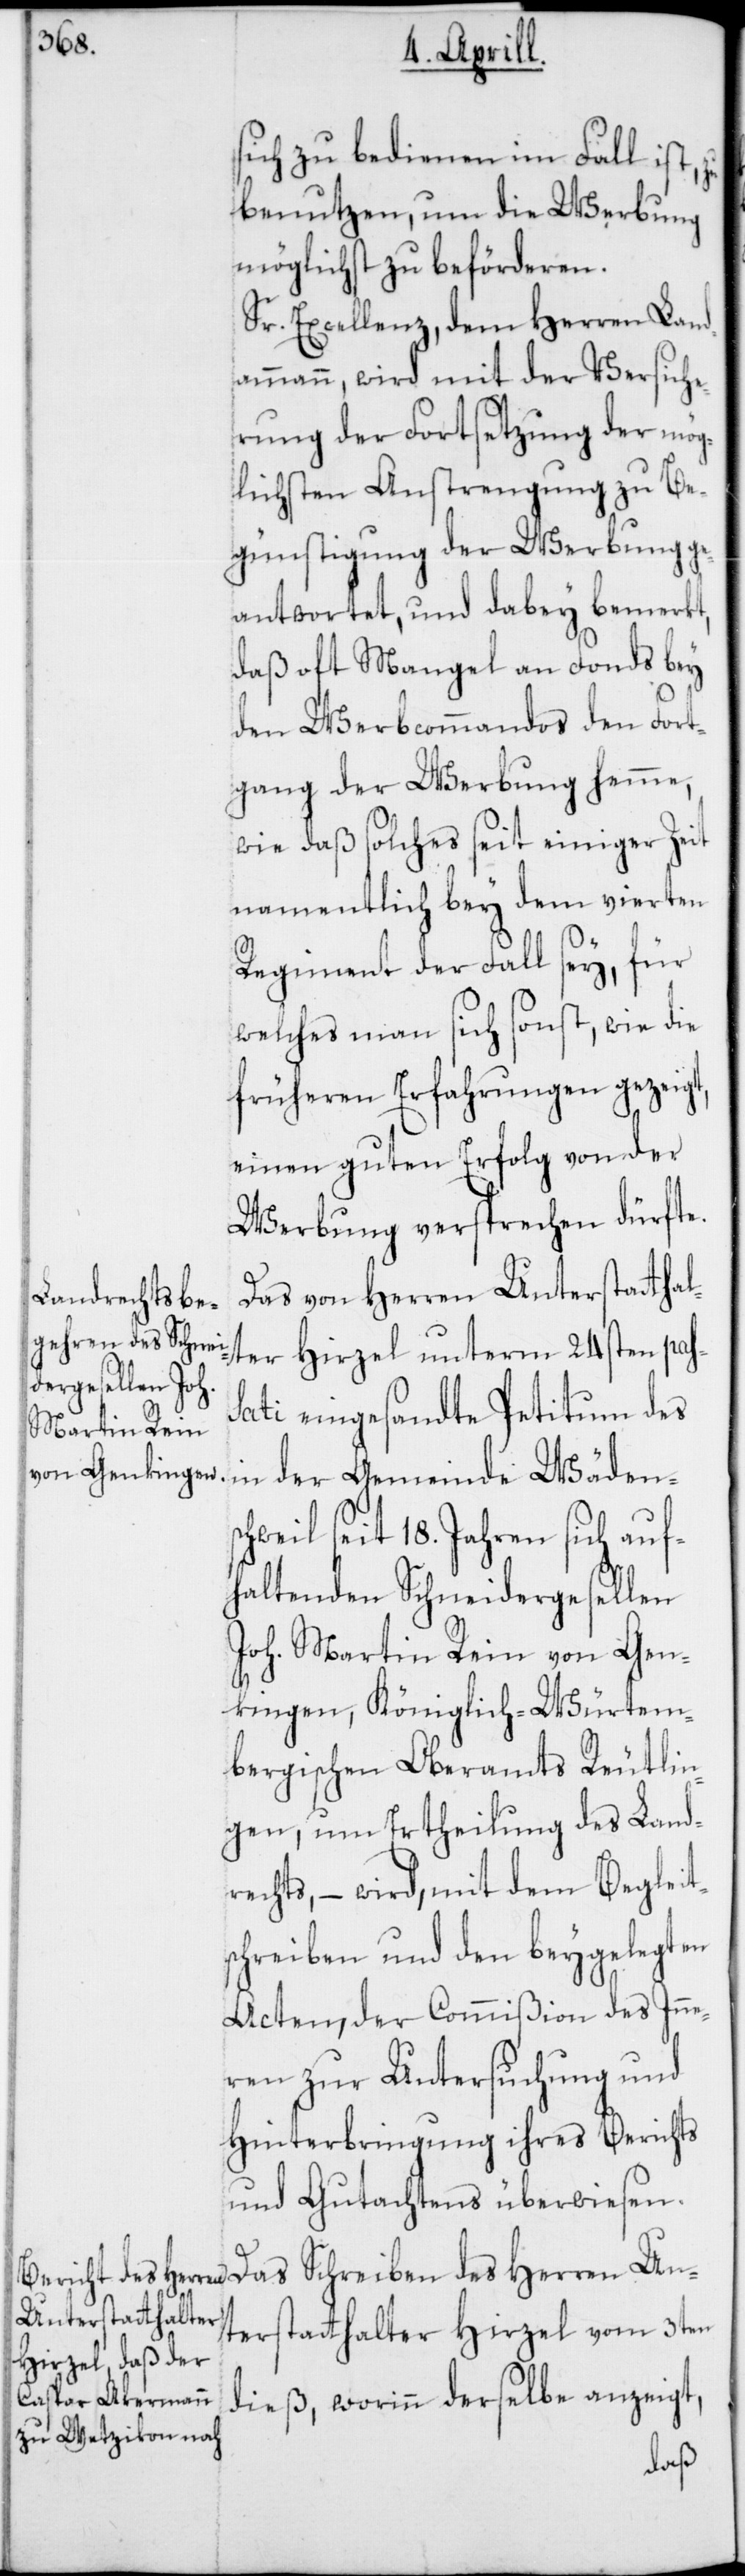
sich zu bedienen im Fall ist,
benutzen, und die Werbung
möglichst zu beförderen.
Sr. Excellenz, dem Herren Land¬
ammann, wird mit der Versiche¬
rung der Fortsetzung der mög¬
lichsten Anstrengung zu Be¬
günstigung der Werbung ge¬
antwortet, und dabey bemerkt,
daß oft Mangel an Fonds bey
den Werbkommandos der Fort¬
gang der Werbung hemme,
wie daß solches seit einiger Zeit
namentlich bey dem vierten
Regiment der Fall sey, für
welches man sich sonst, wie die
früheren Erfahrungen gezeigt,
einen guten Erfolg von der
Werbung versprechen dürfte.
Das von Herren Unterstatthal¬
ter Hirzel unterm 24sten pas¬
sati eingesandte Petitum des
chweil seit 18. Jahren sich auf¬
haltenden Schneidergesellen
Joh. Martin Rein von Gen¬
kingen, Königlich-Würtem¬
bergischen Oberamts Reutlin¬
gen, um Ertheilung des Land¬
rechts, – wird, mit dem Begleit¬
schreiben und den beygelegten
Acten, der Commißion des Inne¬
ren zur Untersuchung und
Hinterbringung ihres Berichts
und Gutachtens überwiesen.
Das Schreiben des Herren Un¬
terstatthalter Hirzel vom 3ten
dieß, worinn derselbe anzeigt,
Wädens¬